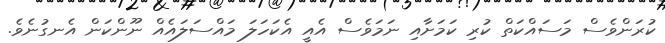
ކުރަންވެސް މަސައްކަތް ކުރި ކަމަށާއި ނަމަވެސް އެއީ އެކަހަލަ މައްސަލައެއް ނޫންކަން އެނގުނެވެ.